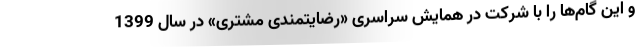
و این گام‌ها را با شرکت در همایش سراسری «رضایتمندی مشتری» در سال 1399